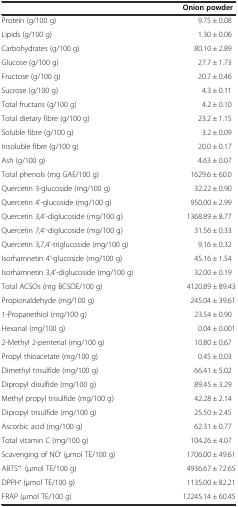
<table><thead><tr><td></td><td><b>Onion powder</b></td></tr></thead><tbody><tr><td>Protein (g/100 g)</td><td>9.75 ± 0.08</td></tr><tr><td>Lipids (g/100 g)</td><td>1.30 ± 0.06</td></tr><tr><td>Carbohydrates (g/100 g)</td><td>80.10 ± 2.89</td></tr><tr><td>Glucose (g/100 g)</td><td>27.7 ± 1.73</td></tr><tr><td>Fructose (g/100 g)</td><td>20.7 ± 0.46</td></tr><tr><td>Sucrose (g/100 g)</td><td>4.3 ± 0.11</td></tr><tr><td>Total fructans (g/100 g)</td><td>4.2 ± 0.10</td></tr><tr><td>Total dietary fibre (g/100 g)</td><td>23.2 ± 1.15</td></tr><tr><td>Soluble fibre (g/100 g)</td><td>3.2 ± 0.09</td></tr><tr><td>Insoluble fibre (g/100 g)</td><td>20.0 ± 0.17</td></tr><tr><td>Ash (g/100 g)</td><td>4.63 ± 0.07</td></tr><tr><td>Total phenols (mg GAE/100 g)</td><td>1629.6 ± 60.0</td></tr><tr><td>Quercetin 3-glucoside (mg/100 g)</td><td>32.22 ± 0.90</td></tr><tr><td>Quercetin 4&#x27;-glucoside (mg/100 g)</td><td>950.00 ± 2.99</td></tr><tr><td>Quercetin 3,4&#x27;-diglucoside (mg/100 g)</td><td>1368.89 ± 8.77</td></tr><tr><td>Quercetin 7,4&#x27;-diglucoside (mg/100 g)</td><td>31.56 ± 0.33</td></tr><tr><td>Quercetin 3,7,4&#x27;-triglucoside (mg/100 g)</td><td>9.16 ± 0.32</td></tr><tr><td>Isorhamnetin 4&#x27;-glucoside (mg/100 g)</td><td>45.16 ± 1.54</td></tr><tr><td>Isorhamnetin 3,4&#x27;-diglucoside (mg/100 g)</td><td>32.00 ± 0.19</td></tr><tr><td>Total ACSOs (mg BCSOE/100 g)</td><td>4120.89 ± 89.43</td></tr><tr><td>Propionaldehyde (mg/100 g)</td><td>245.04 ± 39.61</td></tr><tr><td>1-Propanethiol (mg/100 g)</td><td>23.54 ± 0.90</td></tr><tr><td>Hexanal (mg/100 g)</td><td>0.04 ± 0.001</td></tr><tr><td>2-Methyl 2-pentenal (mg/100 g)</td><td>10.80 ± 0.67</td></tr><tr><td>Propyl thioacetate (mg/100 g)</td><td>0.45 ± 0.03</td></tr><tr><td>Dimethyl trisulfide (mg/100 g)</td><td>66.41 ± 5.02</td></tr><tr><td>Dipropyl disulfide (mg/100 g)</td><td>89.45 ± 3.29</td></tr><tr><td>Methyl propyl trisulfide (mg/100 g)</td><td>42.28 ± 2.14</td></tr><tr><td>Dipropyl trisulfide (mg/100 g)</td><td>25.50 ± 2.45</td></tr><tr><td>Ascorbic acid (mg/100 g)</td><td>62.31 ± 0.77</td></tr><tr><td>Total vitamin C (mg/100 g)</td><td>104.26 ± 4.07</td></tr><tr><td>Scavenging of NO<sup>•</sup> (μmol TE/100 g)</td><td>1706.00 ± 49.61</td></tr><tr><td>ABTS<sup>•+</sup> (μmol TE/100 g)</td><td>4936.67 ± 72.65</td></tr><tr><td>DPPH<sup>•</sup> (μmol TE/100 g)</td><td>1135.00 ± 82.21</td></tr><tr><td>FRAP (μmol TE/100 g)</td><td>12245.14 ± 60.45</td></tr></tbody></table>